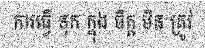
ការធ្វើ ទុក ក្នុង ចិត្ត មិន ត្រូវ